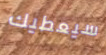
سيعطيك